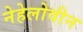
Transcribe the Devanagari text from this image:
नेहेलोवीन